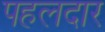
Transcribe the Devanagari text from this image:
पहलदार